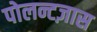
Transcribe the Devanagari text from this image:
पोलन्टज़ास